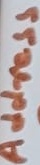
Text: Address